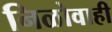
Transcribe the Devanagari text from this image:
निळोवाही